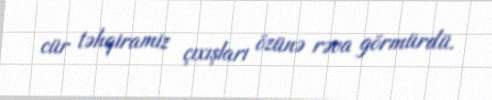
cür təhqiramiz çıxışları özünə rəva görmürdü.